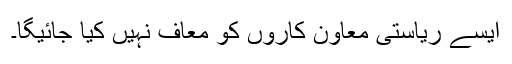
ایسے ریاستی معاون کاروں کو معاف نہیں کیا جائیگا۔